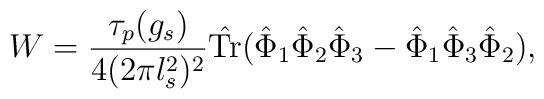
W =  \frac{\tau_p(g_s)}{4(2\pi l_s^2)^2} \hat {\rm Tr} (\hat\Phi_1 \hat \Phi_2 \hat \Phi_3 - \hat \Phi_1 \hat \Phi_3 \hat\Phi_2),